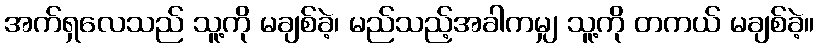
အက်ရှလေသည် သူ့ကို မချစ်ခဲ့၊ မည်သည့်အခါကမျှ သူ့ကို တကယ် မချစ်ခဲ့။